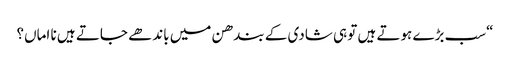
“سب بڑے ہوتے ہیں تو ہی شادی کے بندھن میں باندھے جاتے ہیں نا اماں؟